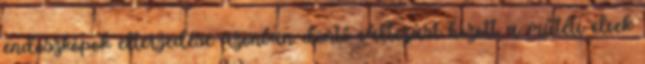
endoszkópok elterjedése azonban döntő változást hozott a műtéti elvek